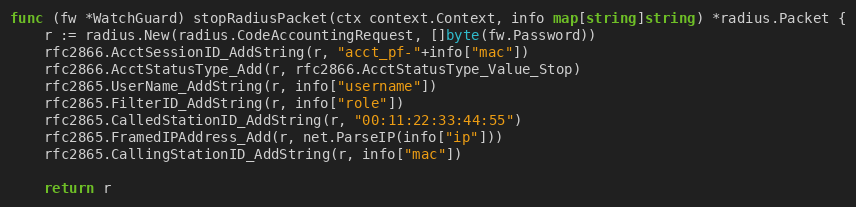
Language: Go
func (fw *WatchGuard) stopRadiusPacket(ctx context.Context, info map[string]string) *radius.Packet {
	r := radius.New(radius.CodeAccountingRequest, []byte(fw.Password))
	rfc2866.AcctSessionID_AddString(r, "acct_pf-"+info["mac"])
	rfc2866.AcctStatusType_Add(r, rfc2866.AcctStatusType_Value_Stop)
	rfc2865.UserName_AddString(r, info["username"])
	rfc2865.FilterID_AddString(r, info["role"])
	rfc2865.CalledStationID_AddString(r, "00:11:22:33:44:55")
	rfc2865.FramedIPAddress_Add(r, net.ParseIP(info["ip"]))
	rfc2865.CallingStationID_AddString(r, info["mac"])

	return r